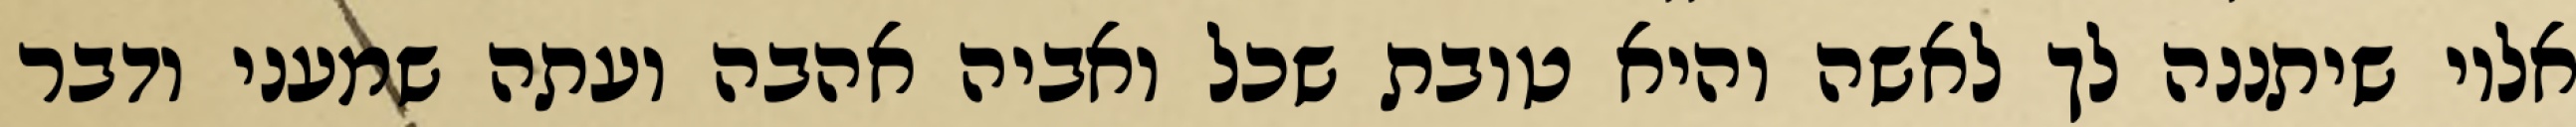
אליו שיתננה לך לאשה והיא טובת שכל ואביה אהבה ועתה שמעני ודבר